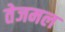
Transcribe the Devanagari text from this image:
तेजमल